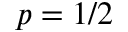
p = 1 / 2